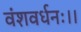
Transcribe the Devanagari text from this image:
वंशवर्धनः।।